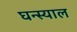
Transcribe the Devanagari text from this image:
घन्स्याल